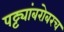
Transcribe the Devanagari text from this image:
पट्ट्यांबरोबरच